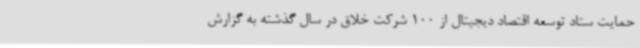
حمایت ستاد توسعه اقتصاد دیجیتال از 100 شرکت خلاق در سال گذشته به گزارش